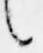
言